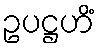
ဥပဋ္ဌဟိံ